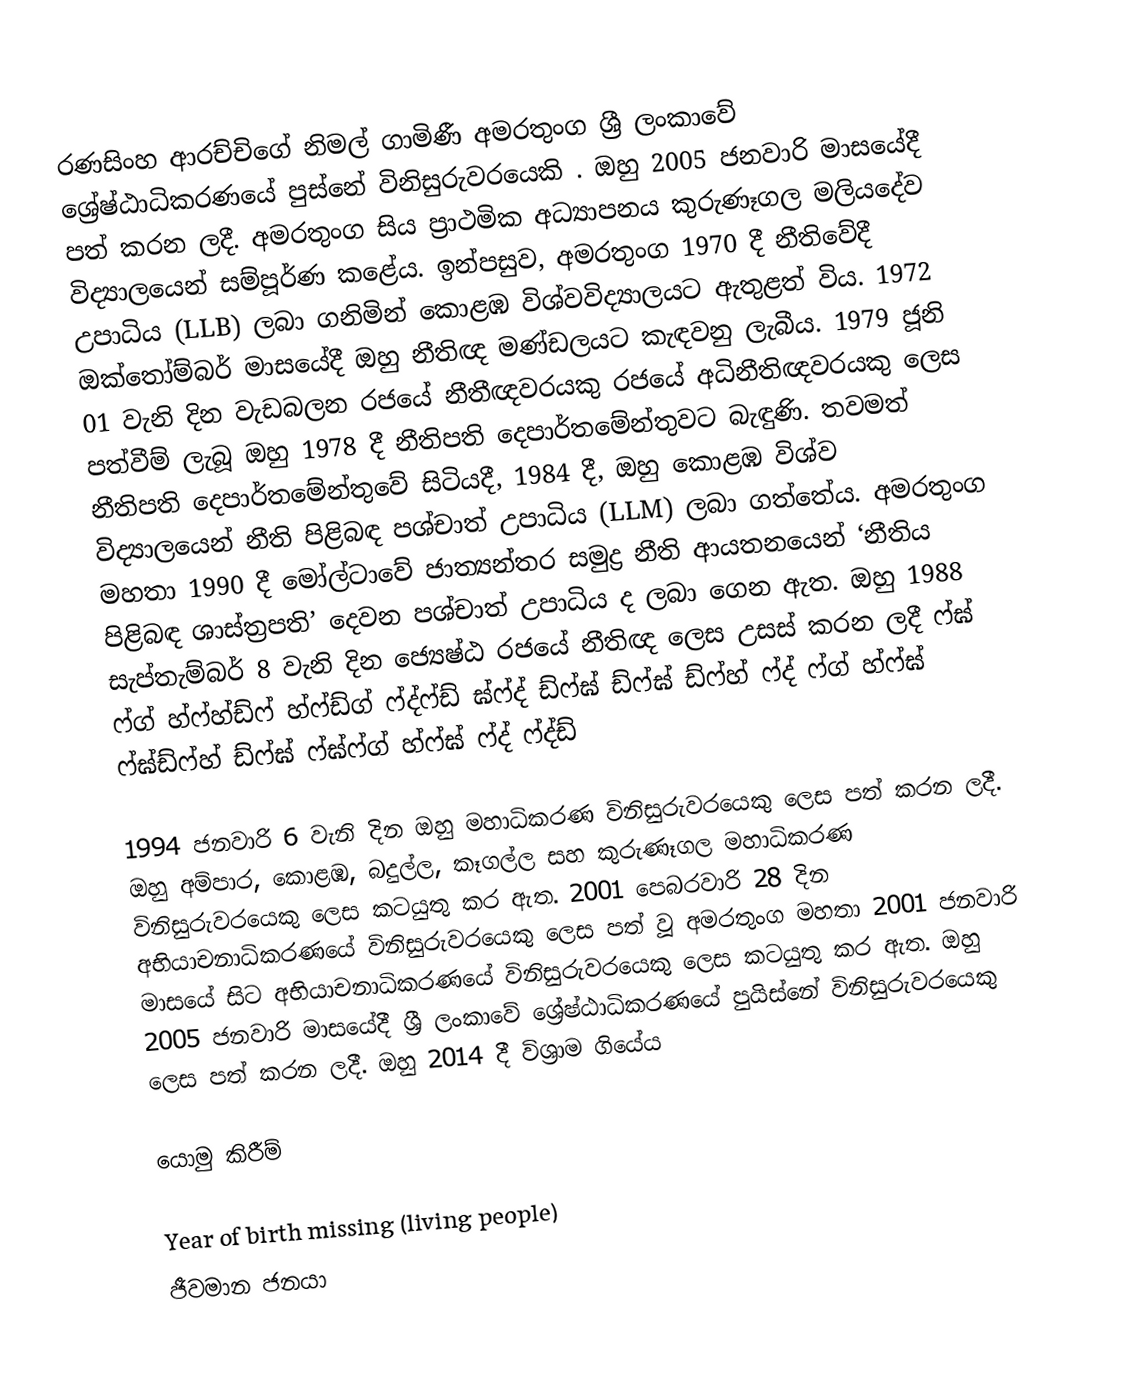
රණසිංහ ආරච්චිගේ නිමල් ගාමිණී අමරතුංග ශ්‍රී ලංකාවේ ශ්‍රේෂ්ඨාධිකරණයේ පුස්නේ විනිසුරුවරයෙකි . ඔහු 2005 ජනවාරි මාසයේදී පත් කරන ලදී. අමරතුංග සිය ප්‍රාථමික අධ්‍යාපනය කුරුණෑගල මලියදේව විද්‍යාලයෙන් සම්පූර්ණ කළේය. ඉන්පසුව, අමරතුංග 1970 දී නීතිවේදී උපාධිය (LLB) ලබා ගනිමින් කොළඹ විශ්වවිද්‍යාලයට ඇතුළත් විය. 1972 ඔක්තෝම්බර් මාසයේදී ඔහු නීතිඥ මණ්ඩලයට කැඳවනු ලැබීය. 1979 ජූනි 01 වැනි දින වැඩබලන රජයේ නීතීඥවරයකු රජයේ අධිනීතිඥවරයකු ලෙස පත්වීම් ලැබූ ඔහු 1978 දී නීතිපති දෙපාර්තමේන්තුවට බැඳුණි. තවමත් නීතිපති දෙපාර්තමේන්තුවේ සිටියදී, 1984 දී, ඔහු කොළඹ විශ්ව විද්‍යාලයෙන් නීති පිළිබඳ පශ්චාත් උපාධිය (LLM) ලබා ගත්තේය. අමරතුංග මහතා 1990 දී මෝල්ටාවේ ජාත්‍යන්තර සමුද්‍ර නීති ආයතනයෙන් ‘නීතිය පිළිබඳ ශාස්ත්‍රපති’ දෙවන පශ්චාත් උපාධිය ද ලබා ගෙන ඇත. ඔහු 1988 සැප්තැම්බර් 8 වැනි දින ජ්‍යෙෂ්ඨ රජයේ නීතිඥ ලෙස උසස් කරන ලදී  ෆ්ඝ් ෆ්ග් හ්ෆ්හ්ඩ්ෆ් හ්ෆ්ඩ්ග් ෆ්ද්ෆ්ඩ් ඝ්ෆ්ද් ඩ්ෆ්ඝ් ඩ්ෆ්ඝ් ඩ්ෆ්හ් ෆ්ද් ෆ්ග් හ්ෆ්ඝ් ෆ්ඝ්ඩ්ෆ්හ් ඩ්ෆ්ඝ් ෆ්ඝ්ෆ්ග් හ්ෆ්ඝ් ෆ්ද් ෆ්ද්ඩ්

1994 ජනවාරි 6 වැනි දින ඔහු මහාධිකරණ විනිසුරුවරයෙකු ලෙස පත් කරන ලදී. ඔහු අම්පාර, කොළඹ, බදුල්ල, කෑගල්ල සහ කුරුණෑගල මහාධිකරණ විනිසුරුවරයෙකු ලෙස කටයුතු කර ඇත. 2001 පෙබරවාරි 28 දින අභියාචනාධිකරණයේ විනිසුරුවරයෙකු ලෙස පත් වූ අමරතුංග මහතා 2001 ජනවාරි මාසයේ සිට අභියාචනාධිකරණයේ විනිසුරුවරයෙකු ලෙස කටයුතු කර ඇත. ඔහු 2005 ජනවාරි මාසයේදී ශ්‍රී ලංකාවේ ශ්‍රේෂ්ඨාධිකරණයේ පුයිස්නේ විනිසුරුවරයෙකු ලෙස පත් කරන ලදී. ඔහු 2014 දී විශ්‍රාම ගියේය

යොමු කිරීම්

Year of birth missing (living people)
ජීවමාන ජනයා